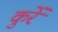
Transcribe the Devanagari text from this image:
कुर्रे